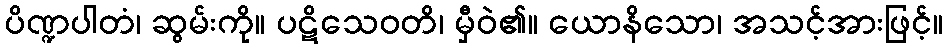
ပိဏ္ဍပါတံ၊ ဆွမ်းကို။ ပဋိသေဝတိ၊ မှီဝဲ၏။ ယောနိသော၊ အသင့်အားဖြင့်။